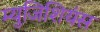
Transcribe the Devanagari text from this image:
म्युजिशियंस